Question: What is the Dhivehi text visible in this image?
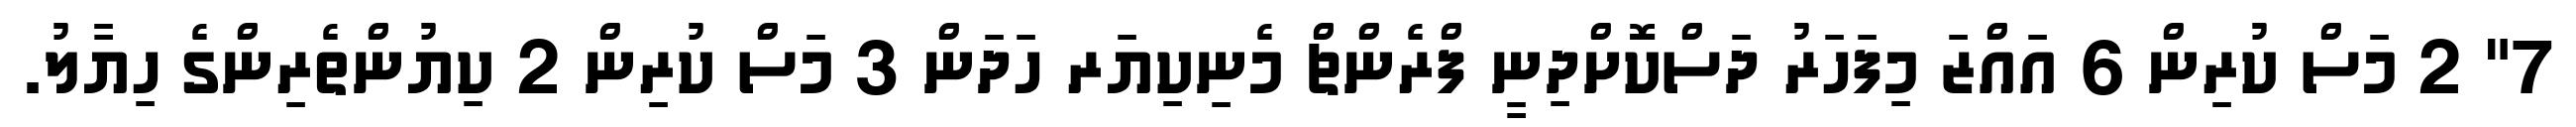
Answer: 7" 2 މަސް ކުރިން 6 އައްޒަ މިފަހަރު ދަސްކޮށްދިނީ ފްރެންޗް މެނިކިޔަރ ހަދަން 3 މަސް ކުރިން 2 ކިޔުންތެރިންގެ ހިޔާލު.